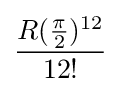
{\frac {R({\frac {\pi }{2}})^{12}}{12!}}